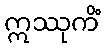
ဣဿုကိံ